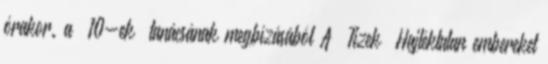
órakor. a „10-ek” tanácsának megbízásából A „Tizek” Hajléktalan embereket